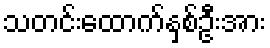
သတင်းထောက်နှစ်ဦးအား